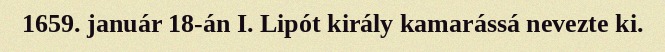
1659. január 18-án I. Lipót király kamarássá nevezte ki.